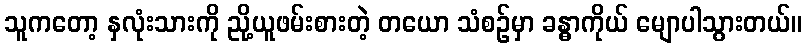
သူကတော့ နှလုံးသားကို ညို့ယူဖမ်းစားတဲ့ တယော သံစဉ်မှာ ခန္ဓာကိုယ် မျောပါသွားတယ်။